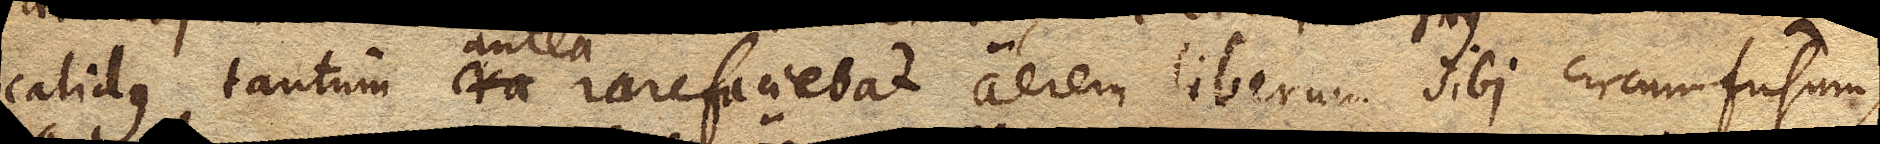
calidus tantum antea rarefaciebat aerem liberum sibi circumfusum,